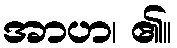
အာဟ၊ ၏။